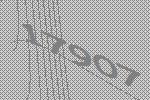
17907